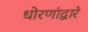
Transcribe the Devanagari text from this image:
धोरणांद्वारे